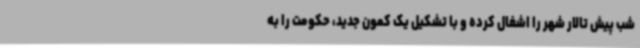
شب پیش تالار شهر را اشغال کرده و با تشکیل یک کمون جدید، حکومت را به